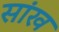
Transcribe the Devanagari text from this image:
सांख